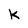
Character: k